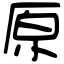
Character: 原